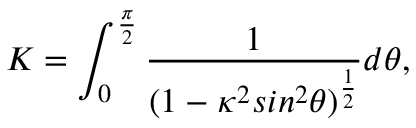
K = \int _ { 0 } ^ { \frac { \pi } { 2 } } \frac { 1 } { ( 1 - \kappa ^ { 2 } s i n ^ { 2 } \theta ) ^ { \frac { 1 } { 2 } } } d \theta ,